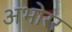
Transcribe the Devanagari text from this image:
अभोरर